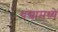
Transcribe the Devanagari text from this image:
धंद्यामध्ये